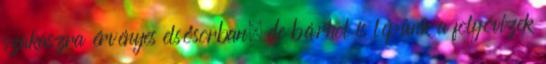
szakaszra érvényes elsősorban, de bárhol is lépünk a folyóvizek